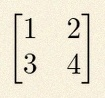
\begin{bmatrix}1&2\\3&4\end{bmatrix}